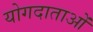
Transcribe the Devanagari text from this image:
योगदाताओं